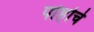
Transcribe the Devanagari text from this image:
पोहोचे